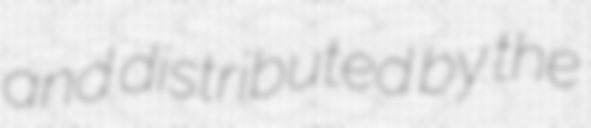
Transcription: and distributed by the